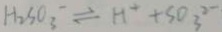
H _ { 2 } S O _ { 3 } ^ { - } \rightleftharpoons H ^ { + } + S O _ { 3 } ^ { 2 - }